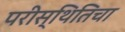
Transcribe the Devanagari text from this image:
परीस्थितिचा